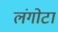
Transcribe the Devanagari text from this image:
लंगोटा